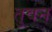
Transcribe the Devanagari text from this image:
तुवन